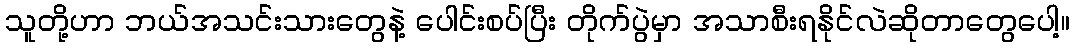
သူတို့ဟာ ဘယ်အသင်းသားတွေနဲ့ ပေါင်းစပ်ပြီး တိုက်ပွဲမှာ အသာစီးရနိုင်လဲဆိုတာတွေပေါ့။